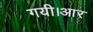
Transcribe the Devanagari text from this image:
गयी।आर